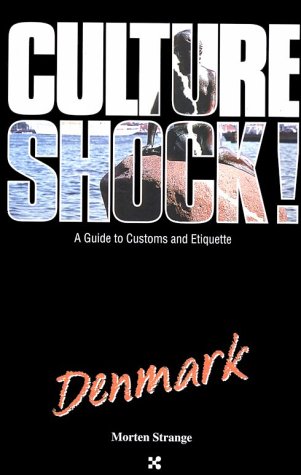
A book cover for Culture Shock! Denmark (Culture Shock! A Survival Guide to Customs & Etiquette); Morten Strange; Travel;